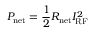
P _ { \mathrm { n e t } } = \frac { 1 } { 2 } R _ { \mathrm { n e t } } I _ { \mathrm { R F } } ^ { 2 }